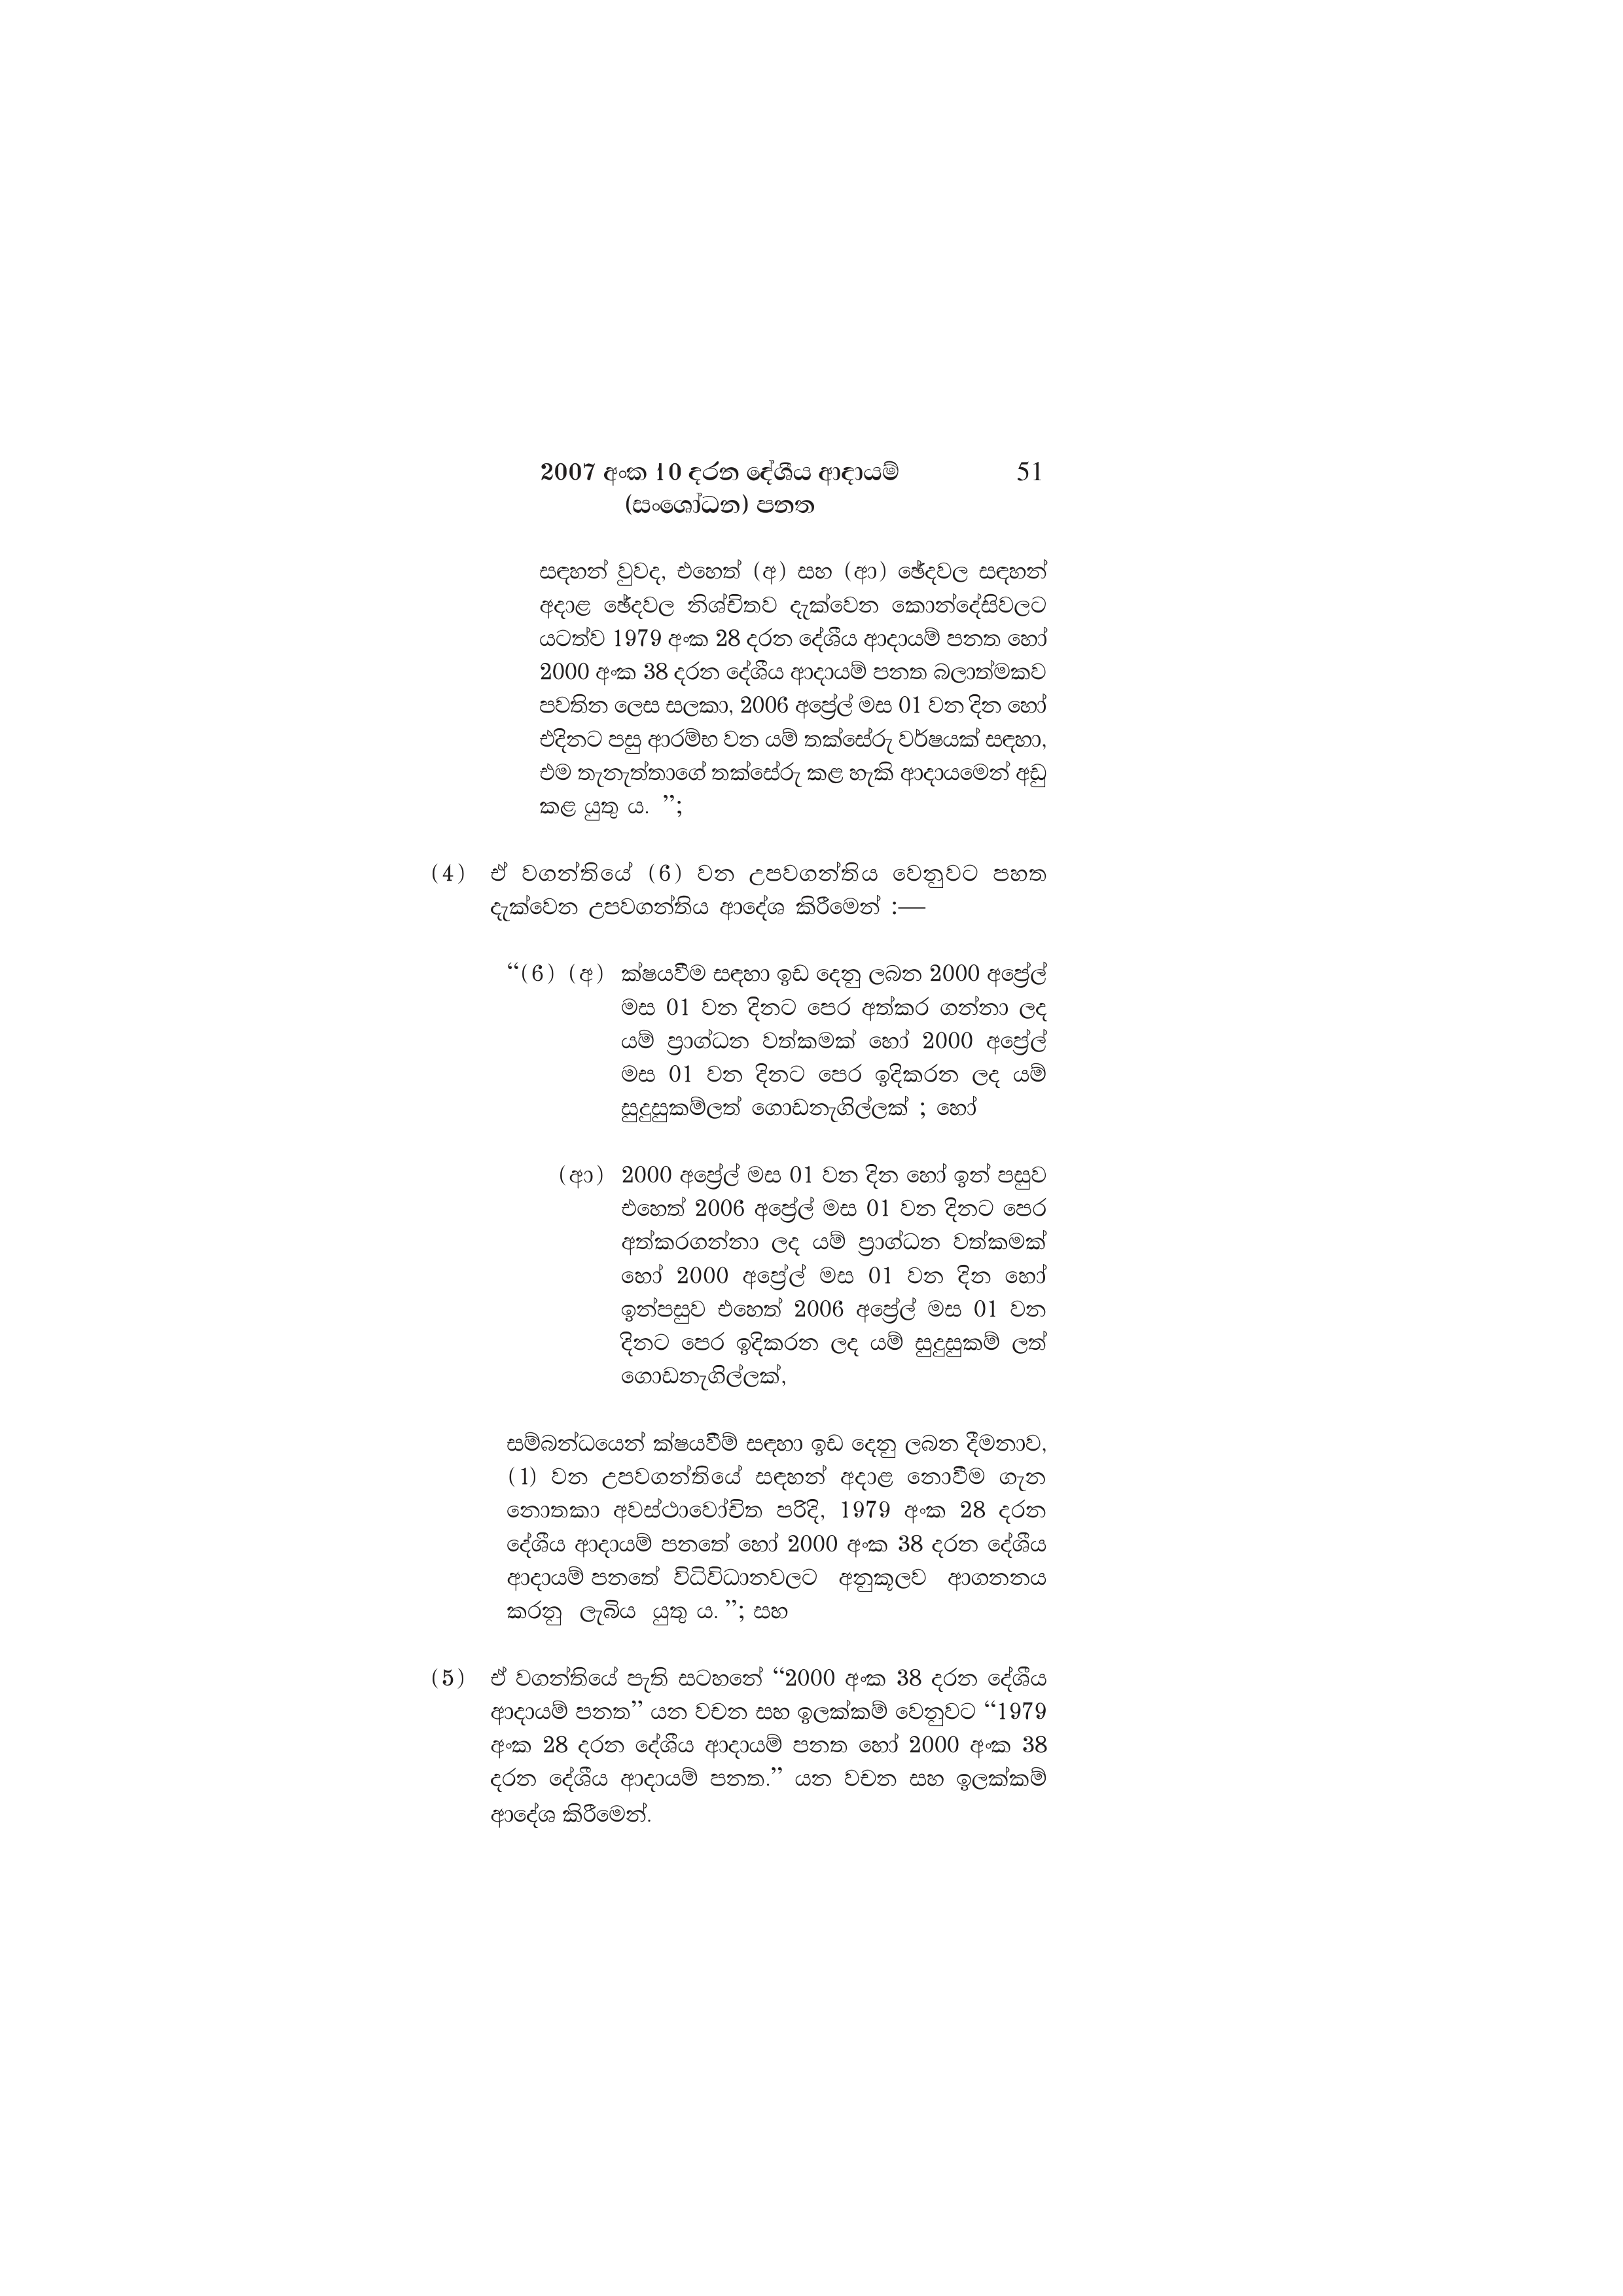
2007 අංක 10 දරන දේශීය ආදායම් 51
(සංශෝධන) පනත

සඳහන් වුවද, එහෙත් (අ) සහ (ආ) ඡේදවල සඳහන්
අදාළ ඡේදවල නිශ්චිතව දැක්වෙන කොන්දේසිවලට
යටත්ව 1979 අංක 28 දරන දේශීය ආදායම් පනත හෝ
2000 අංක 38 දරන දේශීය ආදායම් පනත බලාත්මකව
පවතින ලෙස සලකා, 2006 අප්‍රේල් මස 01 වන දින හෝ
එදිනට පසු ආරම්භ වන යම් තක්සේරු වර්ෂයක් සඳහා,
එම තැනැත්තාගේ තක්සේරු කළ හැකි ආදායමෙන් අඩු
කළ යුතු ය. ”;

(4) ඒ වගන්තියේ (6) වන උපවගන්තිය වෙනුවට පහත
දැක්වෙන උපවගන්තිය ආදේශ කිරීමෙන් :—

“(6) (අ) ක්ෂයවීම සඳහා ඉඩ දෙනු ලබන 2000 අප්‍රේල්
මස 01 වන දිනට පෙර අත්කර ගන්නා ලද
යම් ප්‍රාග්ධන වත්කමක් හෝ 2000 අප්‍රේල්
මස 01 වන දිනට පෙර ඉදිකරන ලද යම්
සුදුසුකම්ලත් ගොඩනැගිල්ලක් ; හෝ

(ආ) 2000 අප්‍රේල් මස 01 වන දින හෝ ඉන් පසුව
එහෙත් 2006 අප්‍රේල් මස 01 වන දිනට පෙර
අත්කරගන්නා ලද යම් ප්‍රාග්ධන වත්කමක්
හෝ 2000 අප්‍රේල් මස 01 වන දින හෝ
ඉන්පසුව එහෙත් 2006 අප්‍රේල් මස 01 වන
දිනට පෙර ඉදිකරන ලද යම් සුදුසුකම් ලත්
ගොඩනැගිල්ලක්,

සම්බන්ධයෙන් ක්ෂයවීම් සඳහා ඉඩ දෙනු ලබන දීමනාව,
(1) වන උපවගන්තියේ සඳහන් අදාළ නොවීම ගැන
නොතකා අවස්ථාවෝචිත පරිදි, 1979 අංක 28 දරන
දේශීය ආදායම් පනතේ හෝ 2000 අංක 38 දරන දේශීය
ආදායම් පනතේ විධිවිධානවලට අනුකූලව ආගනනය
කරනු ලැබිය යුතු ය. ”; සහ

(5) ඒ වගන්තියේ පැති සටහනේ “2000 අංක 38 දරන දේශීය
ආදායම් පනත” යන වචන සහ ඉලක්කම් වෙනුවට “1979
අංක 28 දරන දේශීය ආදායම් පනත හෝ 2000 අංක 38
දරන දේශීය ආදායම් පනත.’ යන වචන සහ ඉලක්කම්
ආදේශ කිරීමෙන්.